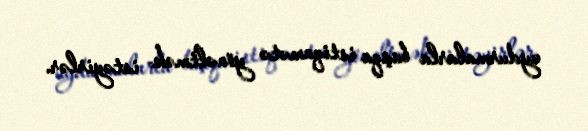
uydurmalarla başqa istiqamətə yönəltmək istəyirlər.